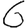
Digit: 6